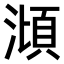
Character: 𣻳